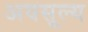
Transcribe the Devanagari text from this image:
अवसूल्य